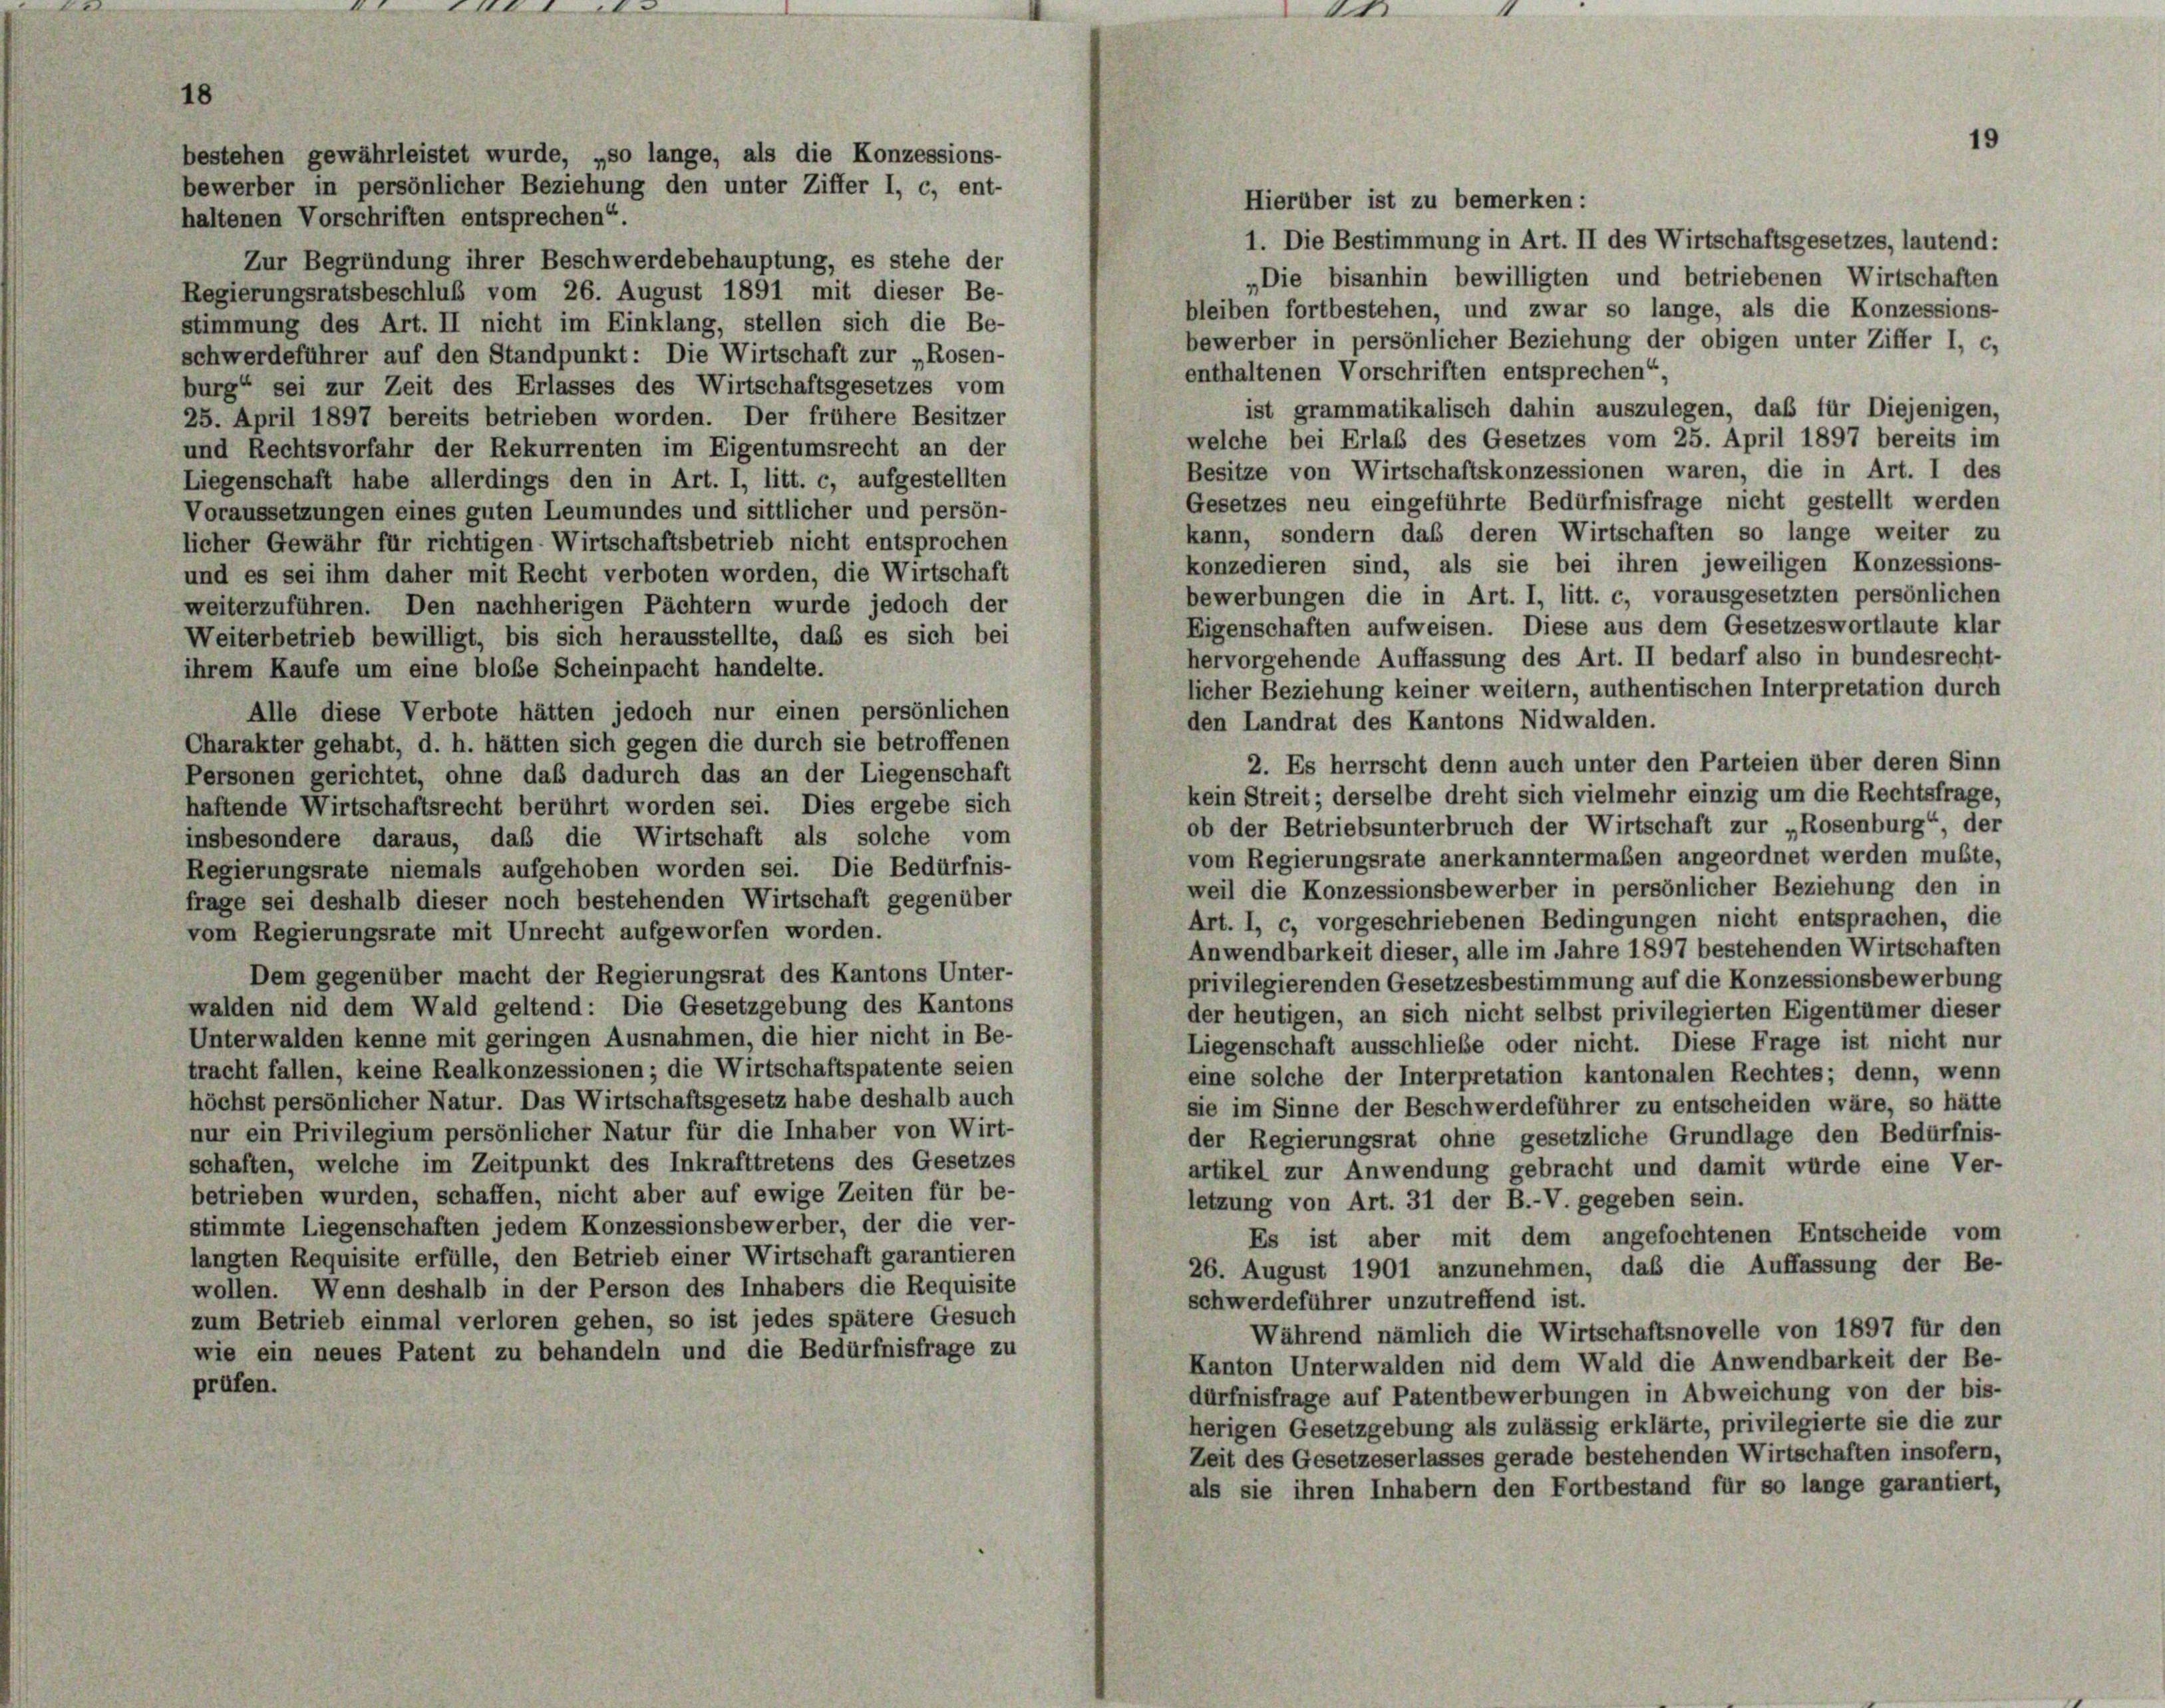
t wurde, „so lange, als die Konzessions-
bewerber in persönlicher Beziehung den unter Ziffer I, c, ent-

Hierüber ist zu bemerken:
haltenen Vorschriften entsprechen“.
1. Die Bestimmung in Art. II des Wirtschaftsgesetzes, lautend:
Zur Begründung ihrer Beschwerdebehauptung, es stehe der
„Die bisanhin bewilligten und betriebenen Wirtschaften
Regierungsratsbeschluß vom 26. August 1891 mit dieser Be-
bleiben fortbestehen, und zwar so lange, als die Konzessions
stimmung des Art. II nicht im Einklang, stellen sich die Be-
bewerber in persönlicher Beziehung der obigen unter Ziffer I, c.
schwerdeführer auf den Standpunkt: Die Wirtschaft zur „Rosen-
enthaltenen Vorschriften entsprechen“,
burg“ sei zur Zeit des Erlasses des Wirtschaftsgesetzes vom
ist grammatikalisch dahin auszulegen, daß für Diejenigen
25. April 1897 bereits betrieben worden. Der frühere Besitzer
welche bei Erlaß des Gesetzes vom 25. April 1897 bereits in
und Rechtsvorfahr der Rekurrenten im Eigentumsrecht an der
Besitze von Wirtschaftskonzessionen waren, die in Art. I des
Liegenschaft habe allerdings den in Art. I, litt. c, aufgestellten
Gesetzes neu eingeführte Bedürfnisfrage nicht gestellt werde,
Voraussetzungen eines guten Leumundes und sittlicher und persön-
kann, sondern das deren Wirtschaften so lange weiter z
licher Gewähr für richtigen Wirtschaftsbetrieb nicht entsprochen
konzedieren sind, als sie bei ihren jeweiligen Konzessions
und es sei ihm daher mit Recht verboten worden, die Wirtschaft
bewerbungen die in Art. I, litt. c, vorausgesetzten persönlicher
weiterzuführen. Den nachherigen Pächtern wurde jedoch der
Eigenschaften aufweisen. Diese aus dem Gesetzeswortlaute kla
Weiterbetrieb bewilligt, bis sich herausstellte, daß es sich bei
hervorgehende Auffassung des Art. II bedarf also in bundesrecht
ihrem Kaufe um eine bloße Scheinpacht handelte.
licher Beziehung keiner weitern, authentischen Interpretation durc
Alle diese Verbote hätten jedoch nur einen persönlichen
den Landrat des Kantons Nidwalden.
Charakter gehabt, d. h. hätten sich gegen die durch sie betroffenen
2. Es herrscht denn auch unter den Parteien über deren Sins
Personen gerichtet, ohne das dadurch das an der Liegenschaft
kein Streit; derselbe dreht sich vielmehr einzig um die Rechtsfrage
haftende Wirtschaftsrecht berührt worden sei. Dies ergebe sich
ob der Betriebsunterbruch der Wirtschaft zur „Rosenburg“, de
insbesondere daraus, daß die Wirtschaft als solche vom
vom Regierungsrate anerkanntermaßen angeordnet werden mußte
Regierungsrate niemals aufgehoben worden sei. Die Bedürfnis-
weil die Konzessionsbewerber in persönlicher Beziehung den i
frage sei deshalb dieser noch bestehenden Wirtschaft gegenüber
Art. I, c, vorgeschriebenen Bedingungen nicht entsprachen, di
vom Regierungsrate mit Unrecht aufgeworfen worden.
Anwendbarkeit dieser, alle im Jahre 1897 bestehenden Wirtschafter
Dem gegenüber macht der Regierungsrat des Kantons Unter-
privilegierenden Gesetzesbestimmung auf die Konzessionsbewerbung
walden nid dem Wald geltend: Die Gesetzgebung des Kantons
der heutigen, an sich nicht selbst privilegierten Eigentümer diese
Unterwalden kenne mit geringen Ausnahmen, die hier nicht in Be-
Liegenschaft ausschließe oder nicht. Diese Frage ist nicht nu
tracht fallen, keine Realkonzessionen; die Wirtschaftspatente seien
eine solche der Interpretation kantonalen Rechtes; denn, wenn
höchst persönlicher Natur. Das Wirtschaftsgesetz habe deshalb auch
sie im Sinne der Beschwerdeführer zu entscheiden wäre, so hätt
nur ein Privilegium persönlicher Natur für die Inhaber von Wirt-
der Regierungsrat ohne gesetzliche Grundlage den Bedürfnis
schaften, welche im Zeitpunkt des Inkrafttretens des Gesetzes
artikel zur Anwendung gebracht und damit wurde eine Ver
betrieben wurden, schaffen, nicht aber auf ewige Zeiten für be-
letzung von Art. 31 der B.-V. gegeben sein.
stimmte Liegenschaften jedem Konzessionsbewerber, der die ver-
Es ist aber mit dem angefochtenen Entscheide von
langten Requisite erfülle, den Betrieb einer Wirtschaft garantieren
26. August 1901 anzunehmen, daß die Auffassung der Be
wollen. Wenn deshalb in der Person des Inhabers die Requisite
schwerdeführer unzutreffend ist.
zum Betrieb einmal verloren gehen, so ist jedes spätere Gesuch
Während nämlich die Wirtschaftsnovelle von 1897 für der
wie ein neues Patent zu behandeln und die Bedürfnisfrage zu
Kanton Unterwalden nid dem Wald die Anwendbarkeit der Be
prüfen.
dürfnisfrage auf Patentbewerbungen in Abweichung von der bis
herigen Gesetzgebung als zulässig erklärte, privilegierte sie die zu
Zeit des Gesetzeserlasses gerade bestehenden Wirtschaften insofern
als sie ihren Inhabern den Fortbestand für so lange garantiert

19